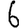
Digit: 6